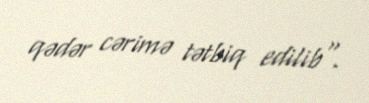
qədər cərimə tətbiq edilib".